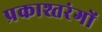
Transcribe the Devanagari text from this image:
प्रकाश्तरंगों